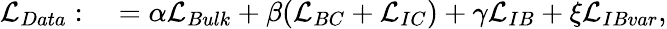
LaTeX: \begin{array}{rl}{\mathcal{L}_{Data}:}&{{}=\alpha\mathcal{L}_{Bulk}+\beta(\mathcal{L}_{BC}+\mathcal{L}_{IC})+\gamma\mathcal{L}_{IB}+\xi\mathcal{L}_{IBvar},}\end{array}